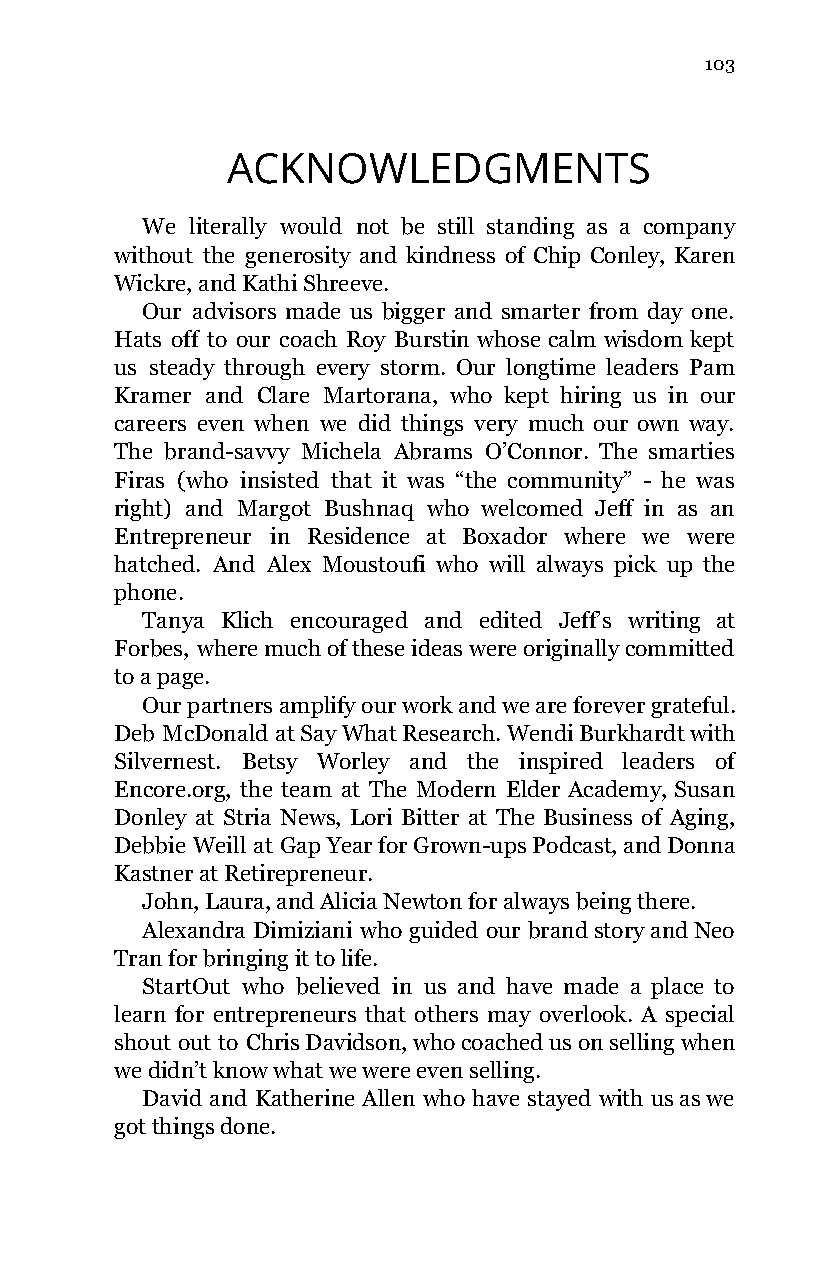
103
 ACKNOWLEDGMENTS
 We  literally would not be still standing as a company
 without the generosity and kindness of Chip Conley, Karen
 Wickre, and Kathi Shreeve.
 Our advisors made us bigger and smarter from day one.
 Hats off to our coach Roy Burstin whose calm wisdom kept
 us steady through every storm. Our longtime leaders Pam
 Kramer and Clare Martorana, who kept hiring us in our
 careers even when we did things very much our own way.
 The brand-savvy Michela Abrams O’Connor. The smarties
 Firas (who insisted that it was “the community” - he was
 right) and Margot Bushnaq who welcomed Jeff in as an
 Entrepreneur in Residence at Boxador where we were
 hatched. And Alex Moustoufi who will always pick up the
 phone.
 Tanya Klich encouraged and edited Jeff’s writing at
 Forbes, where much of these ideas were originally committed
 to a page.
 Our partners amplify our work and we are forever grateful.
 Deb McDonald at Say What Research. Wendi Burkhardt with
 Silvernest. Betsy Worley and the inspired leaders of
 Encore.org, the team at The Modern Elder Academy, Susan
 Donley at Stria News, Lori Bitter at The Business of Aging,
 Debbie Weill at Gap Year for Grown-ups Podcast, and Donna
 Kastner at Retirepreneur.
 John, Laura, and Alicia Newton for always being there.
 Alexandra Dimiziani who guided our brand story and Neo
 Tran for bringing it to life.
 StartOut who believed in us and have made a place to
 learn for entrepreneurs that others may overlook. A special
 shout out to Chris Davidson, who coached us on selling when
 we didn’t know what we were even selling.
 David and Katherine Allen who have stayed with us as we
 got things done.